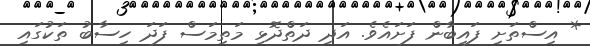
* އިސްތަށި ފައިބާން ފަށައެވެ. އަދި ދަތްދޮޅި މަތިމަސް ފަދަ ހިސާބު ތަކުގައި